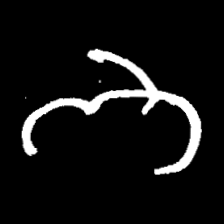
Pyu character \u2014 Myanmar letter: ဘ (romanized: bha)